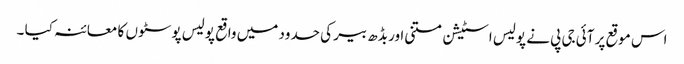
اس موقع پر آئی جی پی نے پولیس اسٹیشن متنی اور بڈھ بیر کی حدود میں واقع پولیس پوسٹوں کا معائنہ کیا ۔